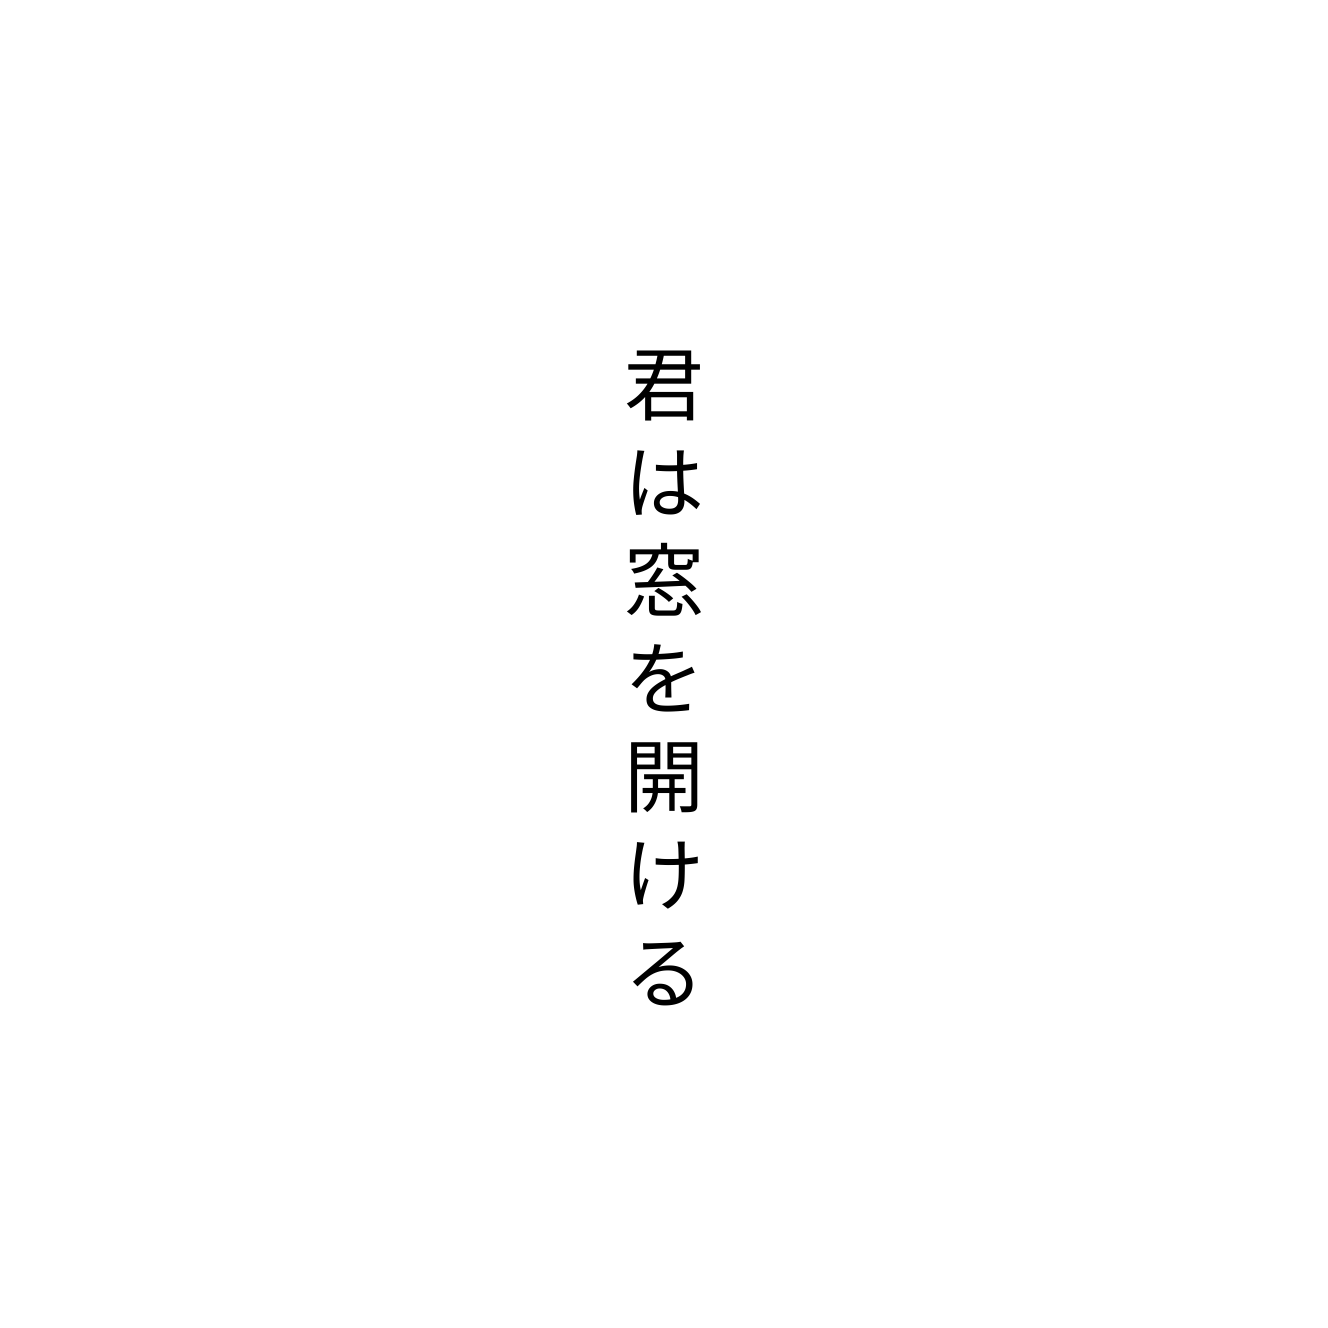
君は窓を開ける